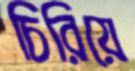
চিরিয়ে